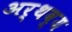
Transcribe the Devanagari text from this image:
अर्थव्य